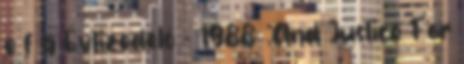
e f g Évtizedelő - 1988: .And Justice For